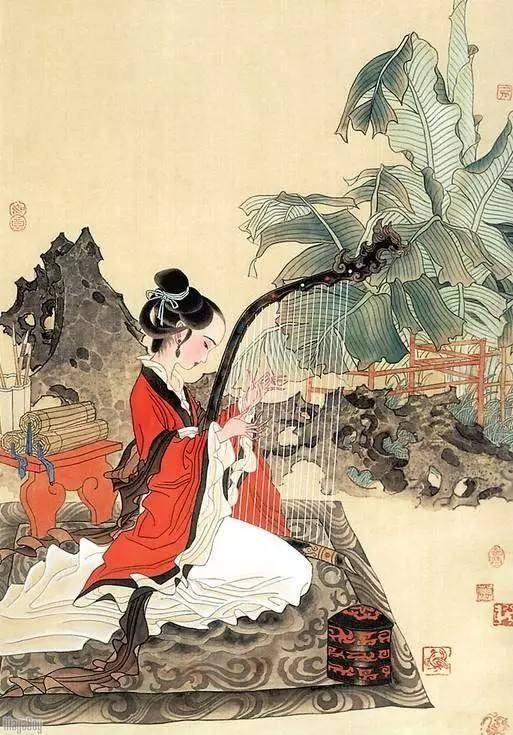
伤心秦汉，生民涂炭，读书人一声长叹。